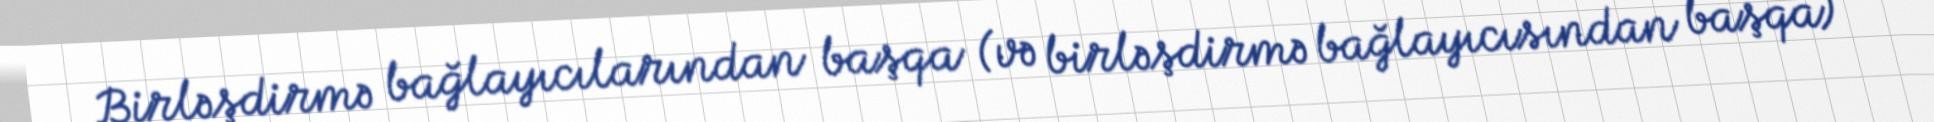
Birləşdirmə bağlayıcılarından başqa (və birləşdirmə bağlayıcısından başqa)